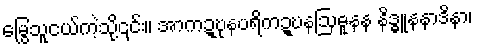
မြွေသူငယ်ကဲ့သို့၎င်း။ အာကဍ္ဎုနပရိကဍ္ဎနဩဓူနန နိဒ္ဓူနနာဒိနာ၊